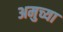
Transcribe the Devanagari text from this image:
अमुच्या